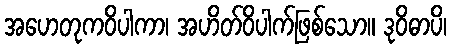
အဟေတုကဝိပါကာ၊ အဟိတ်ဝိပါက်ဖြစ်သော။ ဒုဝိဓာပိ၊